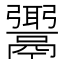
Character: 𩱓